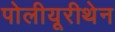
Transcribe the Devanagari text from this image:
पोलीयूरीथेन